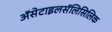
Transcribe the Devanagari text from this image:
ॲसेटाइलसॅलिसिलिक